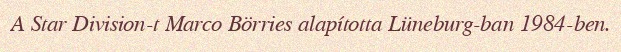
A Star Division-t Marco Börries alapította Lüneburg-ban 1984-ben.